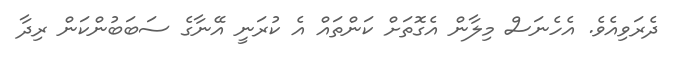
ދެރަވިއެވެ. އެހެނަސް މިލާން އެގޮތަށް ކަންތައް އެ ކުރަނީ އޭނާގެ ސަބަބުންކަން ރިދާ